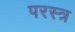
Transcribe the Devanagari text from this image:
परस्त्र